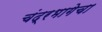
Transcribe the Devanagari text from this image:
चंद्रभागेचा